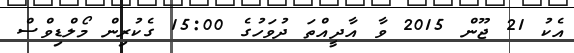
އެކު 21 ޖޫން 2015 ވާ އާދީއްތަ ދުވަހުގެ 15:00 ގެކުރިން މޯލްޑިވްސް